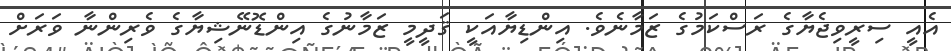
އެއީ ސިރީވިޖެޔާގެ ރަސްކަމުގެ ޒަމާނެވެ. އިންޑިޔާއަކީ ޤަދީމީ ޒަމާނުގެ އިންޑޮނޭޝިޔާގެ ވެރިންނާ ވަރަށް